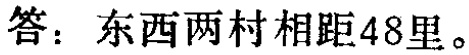
答：东西两村相距48里。